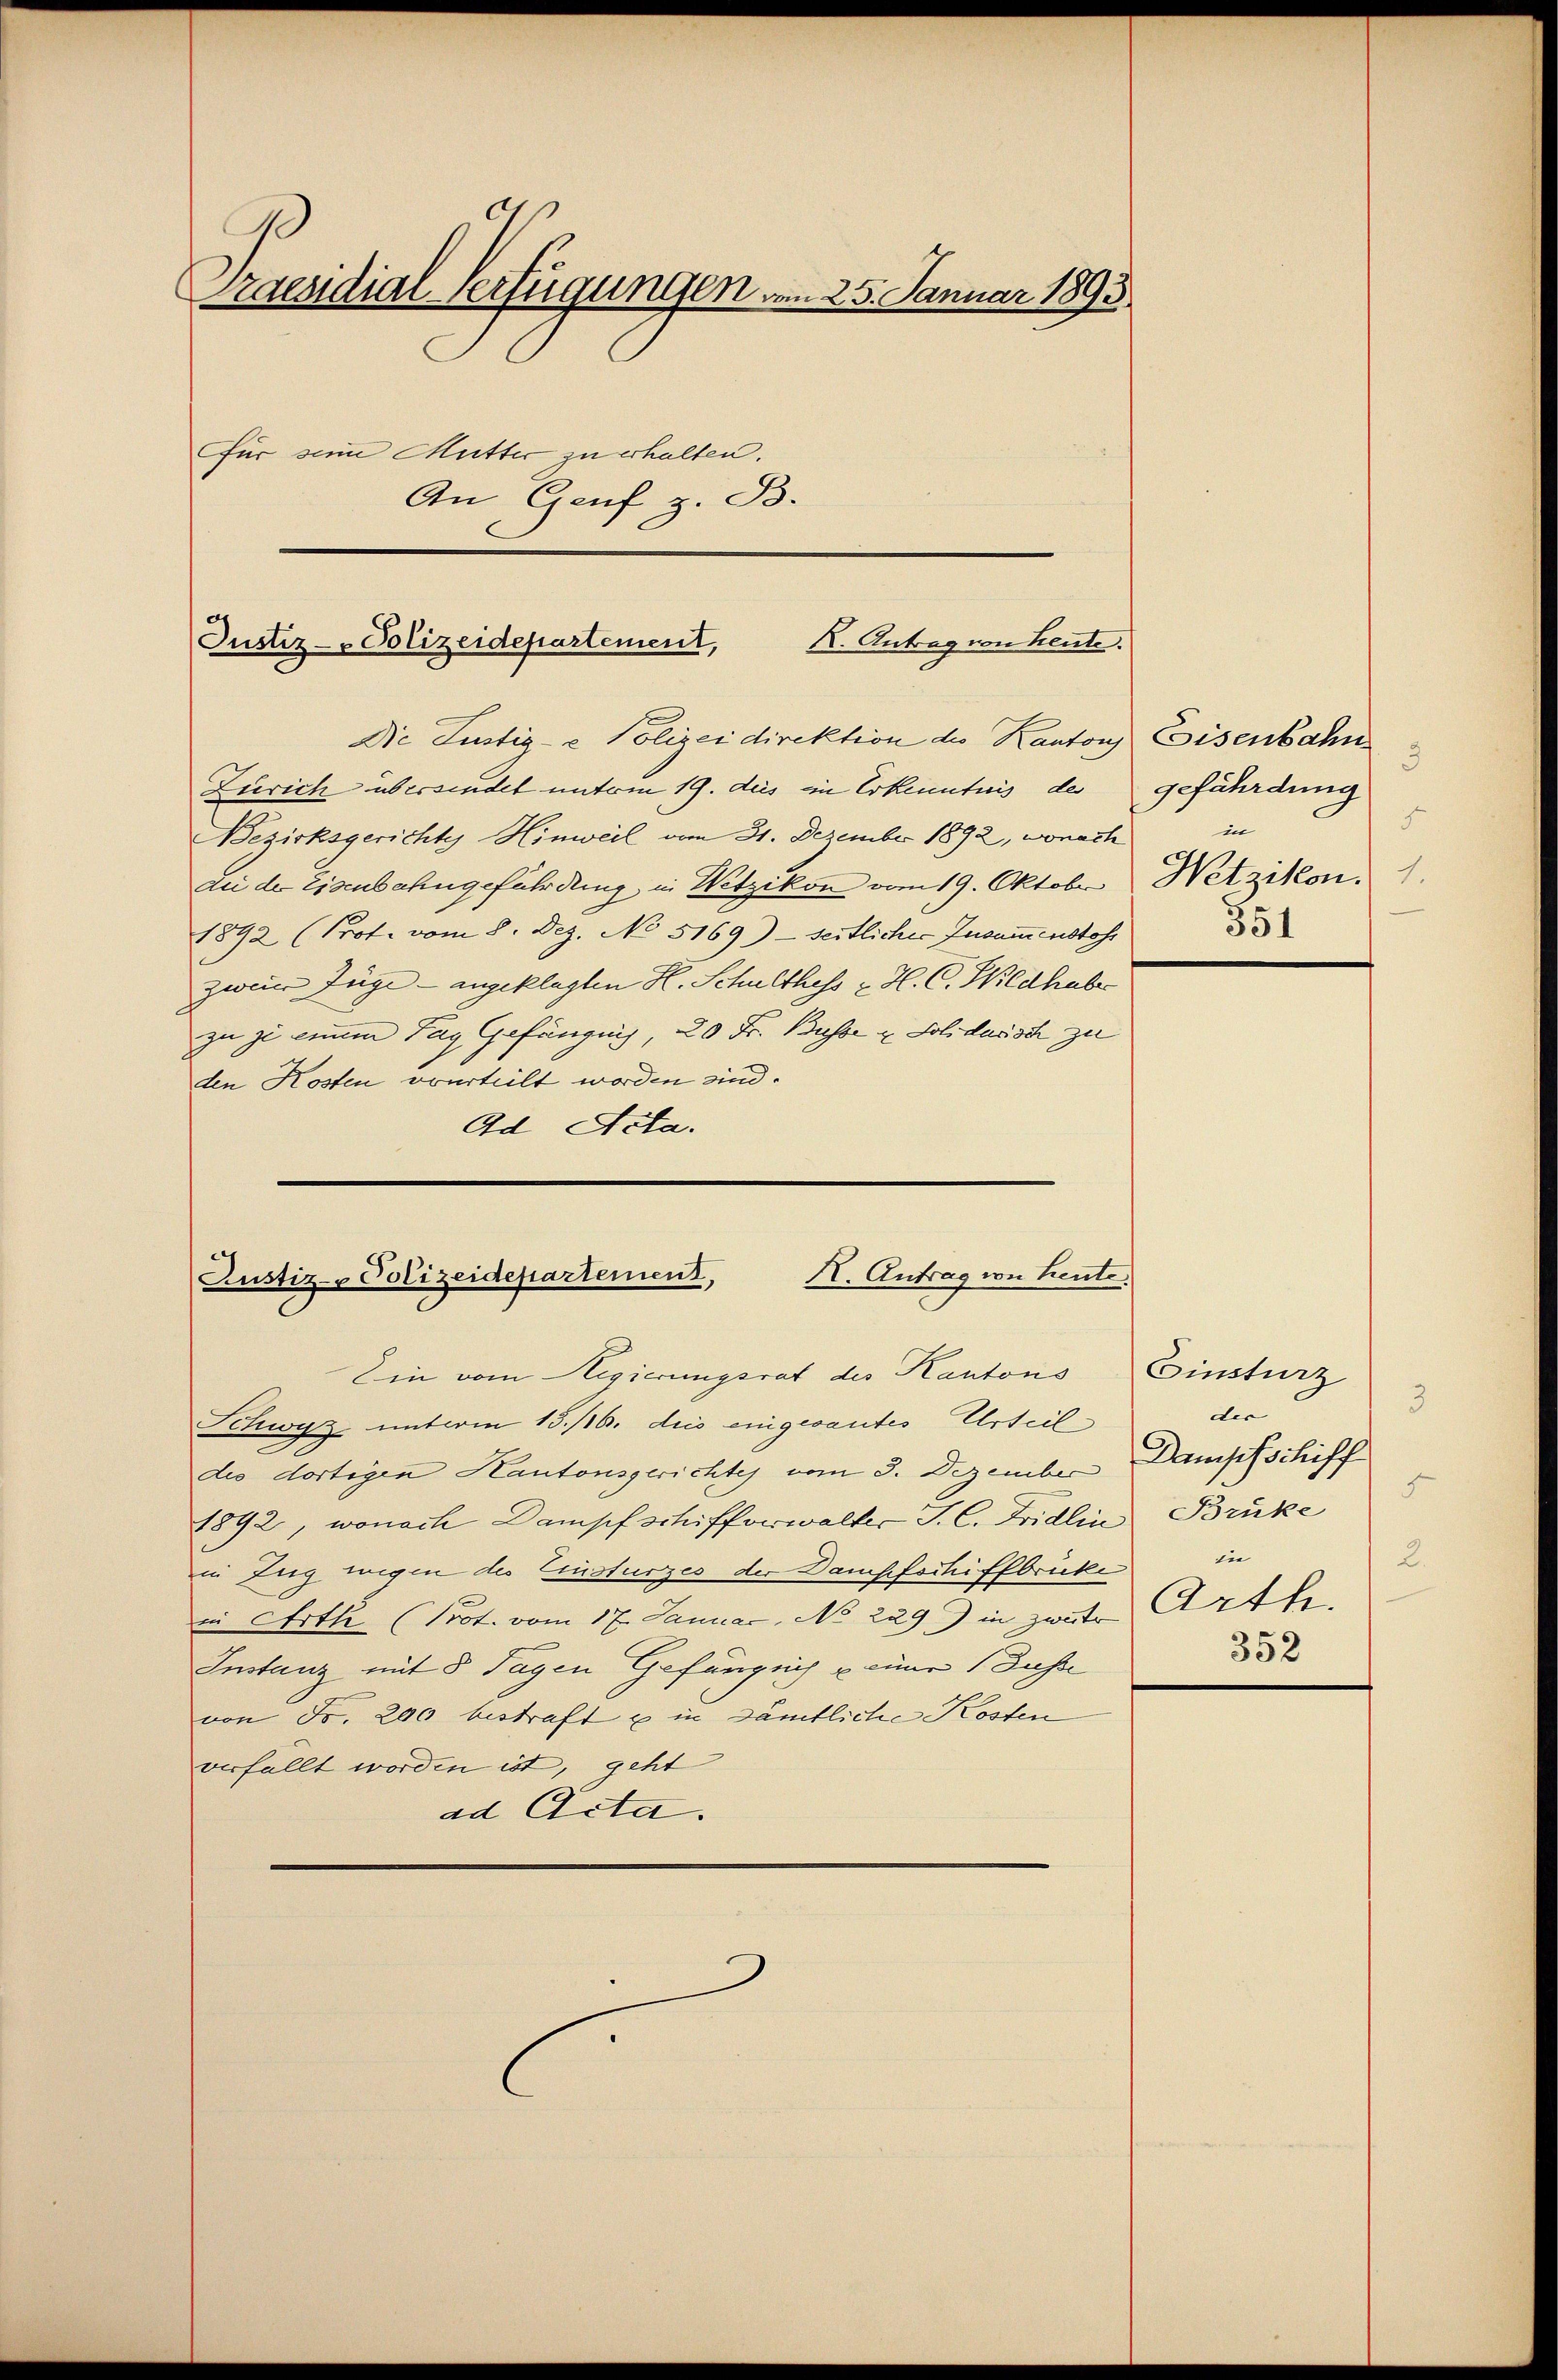
aesidial-Verfügungen vom 25. Januar 1893
für seine Mutter zu erhalten.
An Genf z. B.

Justiz-Polizeidepartement, I. Antrag von heute.

Die Justiz- & Polizeidirektion des Kantons Eisenbahn
Zürich überwindet unterm 19. dies in Erkenntnis des
Bezirksgerichtes Hinweil vom 31. Dezember 1892, wonach
an der Eisenbahngeführdung in Netzikon vom 19. Oktober Wetzikon.
1892 (Prot. vom 8. Dez. No 5169) - seitlicher Zusammenstoss
zwei Züge - angeklagten H. Schulthess H. C. Wildhabe
zu zu einem Tag Gefängnis, 20 Fr. Busse u. Solidarisch zu
den Kosten vourteilt worden sind.
Ad Acta.

Rustiz- Polizeidepartement, II. Antrag von heute.
Ein vom Regierungsrat des Kantons

Schwyz unterm 13./26. dies eingesantes Urteil
dis dortigen Kantonsgerichtes vom 3. Dezember
1892, wonach Dampfschifferwalter J. C. Fridlin, Brüke
in Zug wegen des Crusturzes der Dampfschiffbrücke
in Arth (Prot. vom 17. Januar, No 229) in zweite Arthe
Instanz mit 8 Tagen Gefängnis u einer Busse
von Fr. 200 bestraft u in sämtliche Kosten
verfällt worden ist, geht
ad Acta.

3
gefährdung
5
in
351

Einsturz
3
der |
Dampfschiff
F
2.
i
352